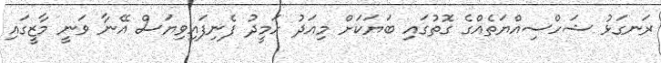
ރަނގަޅު ޝަހްސިއްްޔަތެއްގެ ގޮތުގައި ބަޔަކަށް މިއަދު ހަމީދު ފެނިފައިވިޔަސް އޭނާ ވަނީ މާޒީގައި